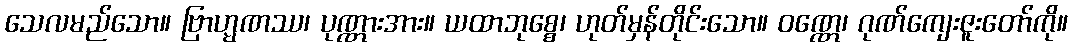
သေလမည်သော။ ဗြာဟ္မဏဿ၊ ပုဏ္ဏားအား။ ယထာဘုစ္စေ၊ ဟုတ်မှန်တိုင်းသော။ ဝဏ္ဏေ၊ ဂုဏ်ကျေးဇူးတော်ကို။